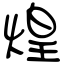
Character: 煌